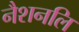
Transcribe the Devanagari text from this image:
नैशनलि